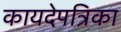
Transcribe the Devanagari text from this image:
कायदेपत्रिका